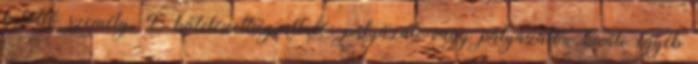
betöltő személy, 4. kötelezettségvállaló: pályázati vagy pályázaton kívüli egyéb